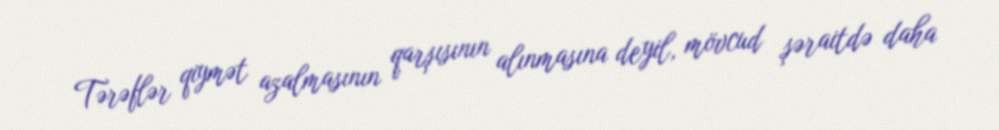
Tərəflər qiymət azalmasının qarşısının alınmasına deyil, mövcud şəraitdə daha